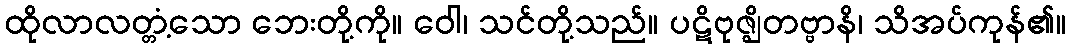
ထိုလာလတ္တံ့သော ဘေးတို့ကို။ ဝေါ၊ သင်တို့သည်။ ပဋိဗုဇ္ဈိတဗ္ဗာနိ၊ သိအပ်ကုန်၏။